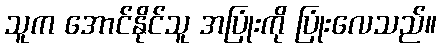
သူက အောင်နိုင်သူ အပြုံးကို ပြုံးလေသည်။